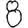
Digit: 8